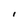
Character: I